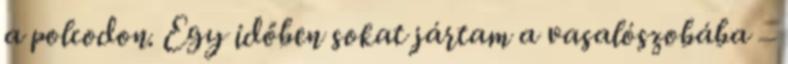
a polcodon. Egy időben sokat jártam a vasalószobába –